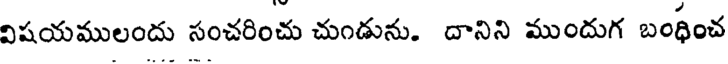
విషయములందు సంచరించు చుండును. దానిని ముందుగ బంధించ